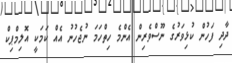
ދާދި ފަހުން ކުޅިވަރުގެ ނޫސްވެރިން އެންމެ ހިތްހަމަ ނުޖެހުނު އެއް ކަމަކީ އޮލިމްޕިކް